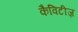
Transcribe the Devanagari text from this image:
कैविटीज़